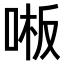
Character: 𫪒